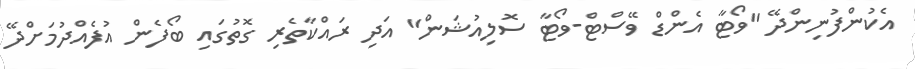
އެކުންފުނިންދޭ "ވޯޓާ އެންޑް ވޭސްޓް-ވޯޓާ ސޮލިއުޝަން" އަދި ރައްކާތެރި ގޮތުގައި ބޯފެން އުފެއްދުމަށްދޭ